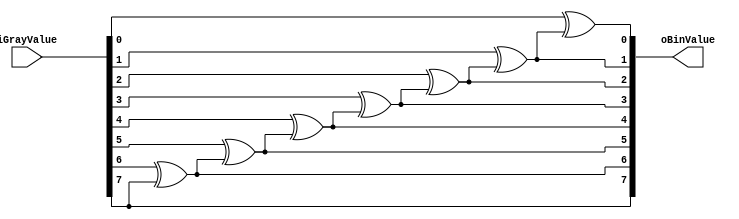
///////////////////////////////////////////////////////////////////////////////
// 
// All rights reserved.
//
// Version     : 0.1
// Description :
//              
//
// Parameter   :
//    
//    ...
// IO Port     :
//    ...
//    ...
// Modification History:
//   Date       |   Author      |   Version     |   Change Description
//==============================================================================
// 2023-10-11   |   ChaoyaWang  |     0.1       |   
////////////////////////////////////////////////////////////////////////////////
module Gray2Bin #(
    parameter DATA_WIDTH = 8
)(
    input       [DATA_WIDTH-1:0]      iGrayValue,
    output      [DATA_WIDTH-1:0]      oBinValue
    
);
    generate
        genvar i;
        for (i = 0; i<DATA_WIDTH-1; i=i+1) begin
            assign oBinValue[i] = iGrayValue[i] ^ oBinValue[i+1];
        end
    endgenerate
    assign oBinValue[DATA_WIDTH-1] = iGrayValue[DATA_WIDTH-1];
endmodule //Gray2Bin